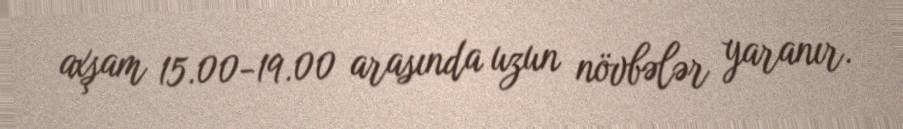
axşam 15.00-19.00 arasında uzun növbələr yaranır.